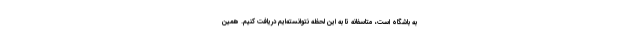
به باشگاه است، متاسفانه تا به این لحظه نتوانسته‌ایم دریافت کنیم. همین